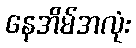
နေအိမ်အလုံး